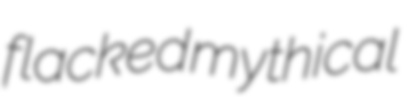
flacked mythical